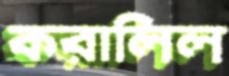
করালিল